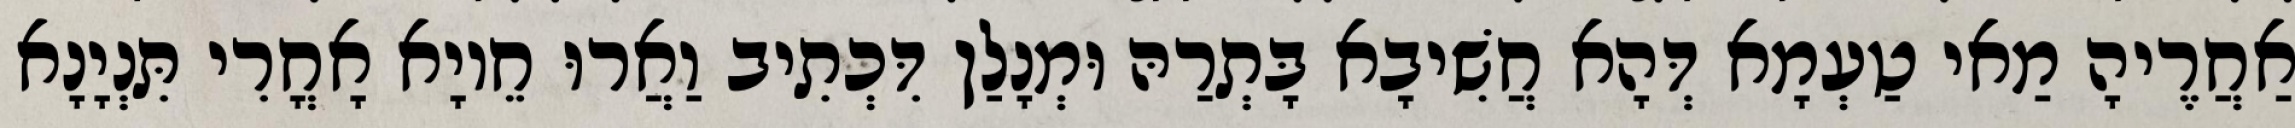
אַחֲרֶיהָ מַאי טַעְמָא דְּהָא חֲשִׁיבָא בָּתְרַהּ וּמְנָלַן דִּכְתִיב וַאֲרוּ חֵיוָא אָחֳרִי תִּנְיָנָא